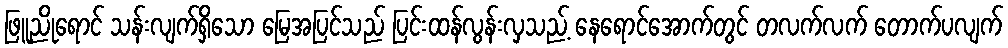
ဖြူညိုရောင် သန်းလျက်ရှိသော မြေအပြင်သည် ပြင်းထန်လွန်းလှသည့် နေရောင်အောက်တွင် တလက်လက် တောက်ပလျက်